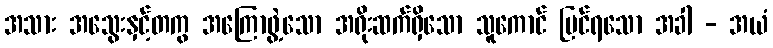
အသား အသွေးနှင့်တကွ အကြောဖွဲ့သော အရိုးဆက်ရှိသော သူကောင် မြင်ရသော အခါ - အယံ